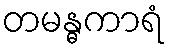
တမန္ဓကာရံ